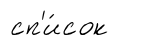
сп'и́сок